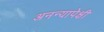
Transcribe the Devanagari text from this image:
अनन्यापेक्षी